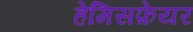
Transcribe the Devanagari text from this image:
हेमिसफ़ेयर